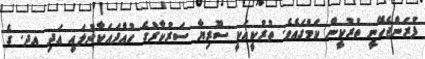
ފުރަންޖެހޭނީ ތުރުކީން ކަމުގައެވެ. ތުރުކީއަކީ ސޫރިޔާ ސަރުކާރުގެ ހުއްދައަކާނުލައި އަދި އދ. ގެ